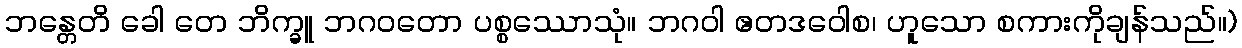
ဘန္တေတိ ခေါ တေ ဘိက္ခူ ဘဂဝတော ပစ္စဿောသုံ။ ဘဂဝါ ဧတဒဝေါစ၊ ဟူသော စကားကိုချန်သည်။)